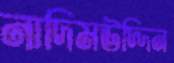
নাদিমউদ্দিন